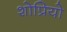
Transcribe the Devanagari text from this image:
शोप्रियो